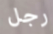
رجل